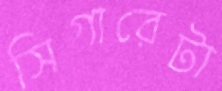
সিগারেটা